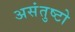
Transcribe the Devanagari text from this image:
असंतुष्टो